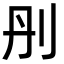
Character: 刐